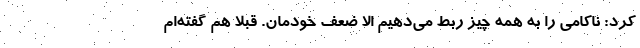
کرد: ناکامی را به همه چیز ربط می‌دهیم الا ضعف خودمان. قبلا هم گفته‌ام